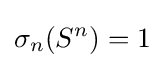
\sigma _{n}(S^{n})=1